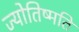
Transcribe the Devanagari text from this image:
ज्योतिष्मति